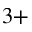
^ { 3 + }